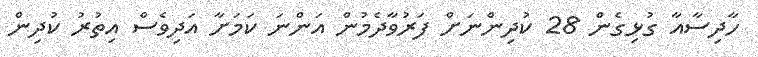
ހާދިސާއާ ގުޅިގެން 28 ކުދިންނަށް ފަރުވާދެމުން އަންނަ ކަމަށާ އަދިވެސް އިތުރު ކުދިން